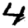
Digit: 4